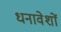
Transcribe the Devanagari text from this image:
धनावेशों